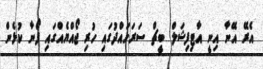
އެރޭ އޭނާ އިނީ އާޓިފިޝަލް ބީޗް ސަރަހައްދުގައި ހުރި ޖޯއްޔެއްގައި ފޯނާ ކުޅެން